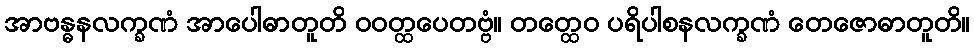
အာဗန္ဓနလက္ခဏံ အာပေါဓာတူတိ ဝဝတ္ထပေတဗ္ဗံ။ တတ္ထေဝ ပရိပါစနလက္ခဏံ တေဇောဓာတူတိ။